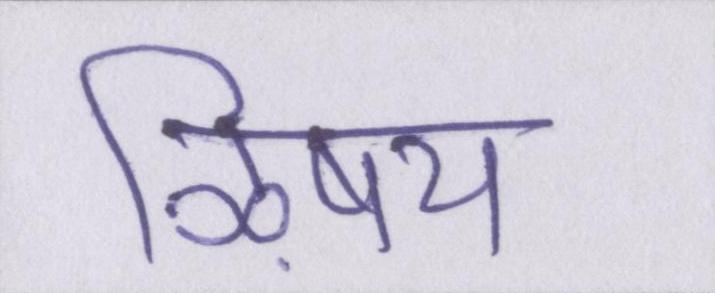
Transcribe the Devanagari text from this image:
ऴिषय